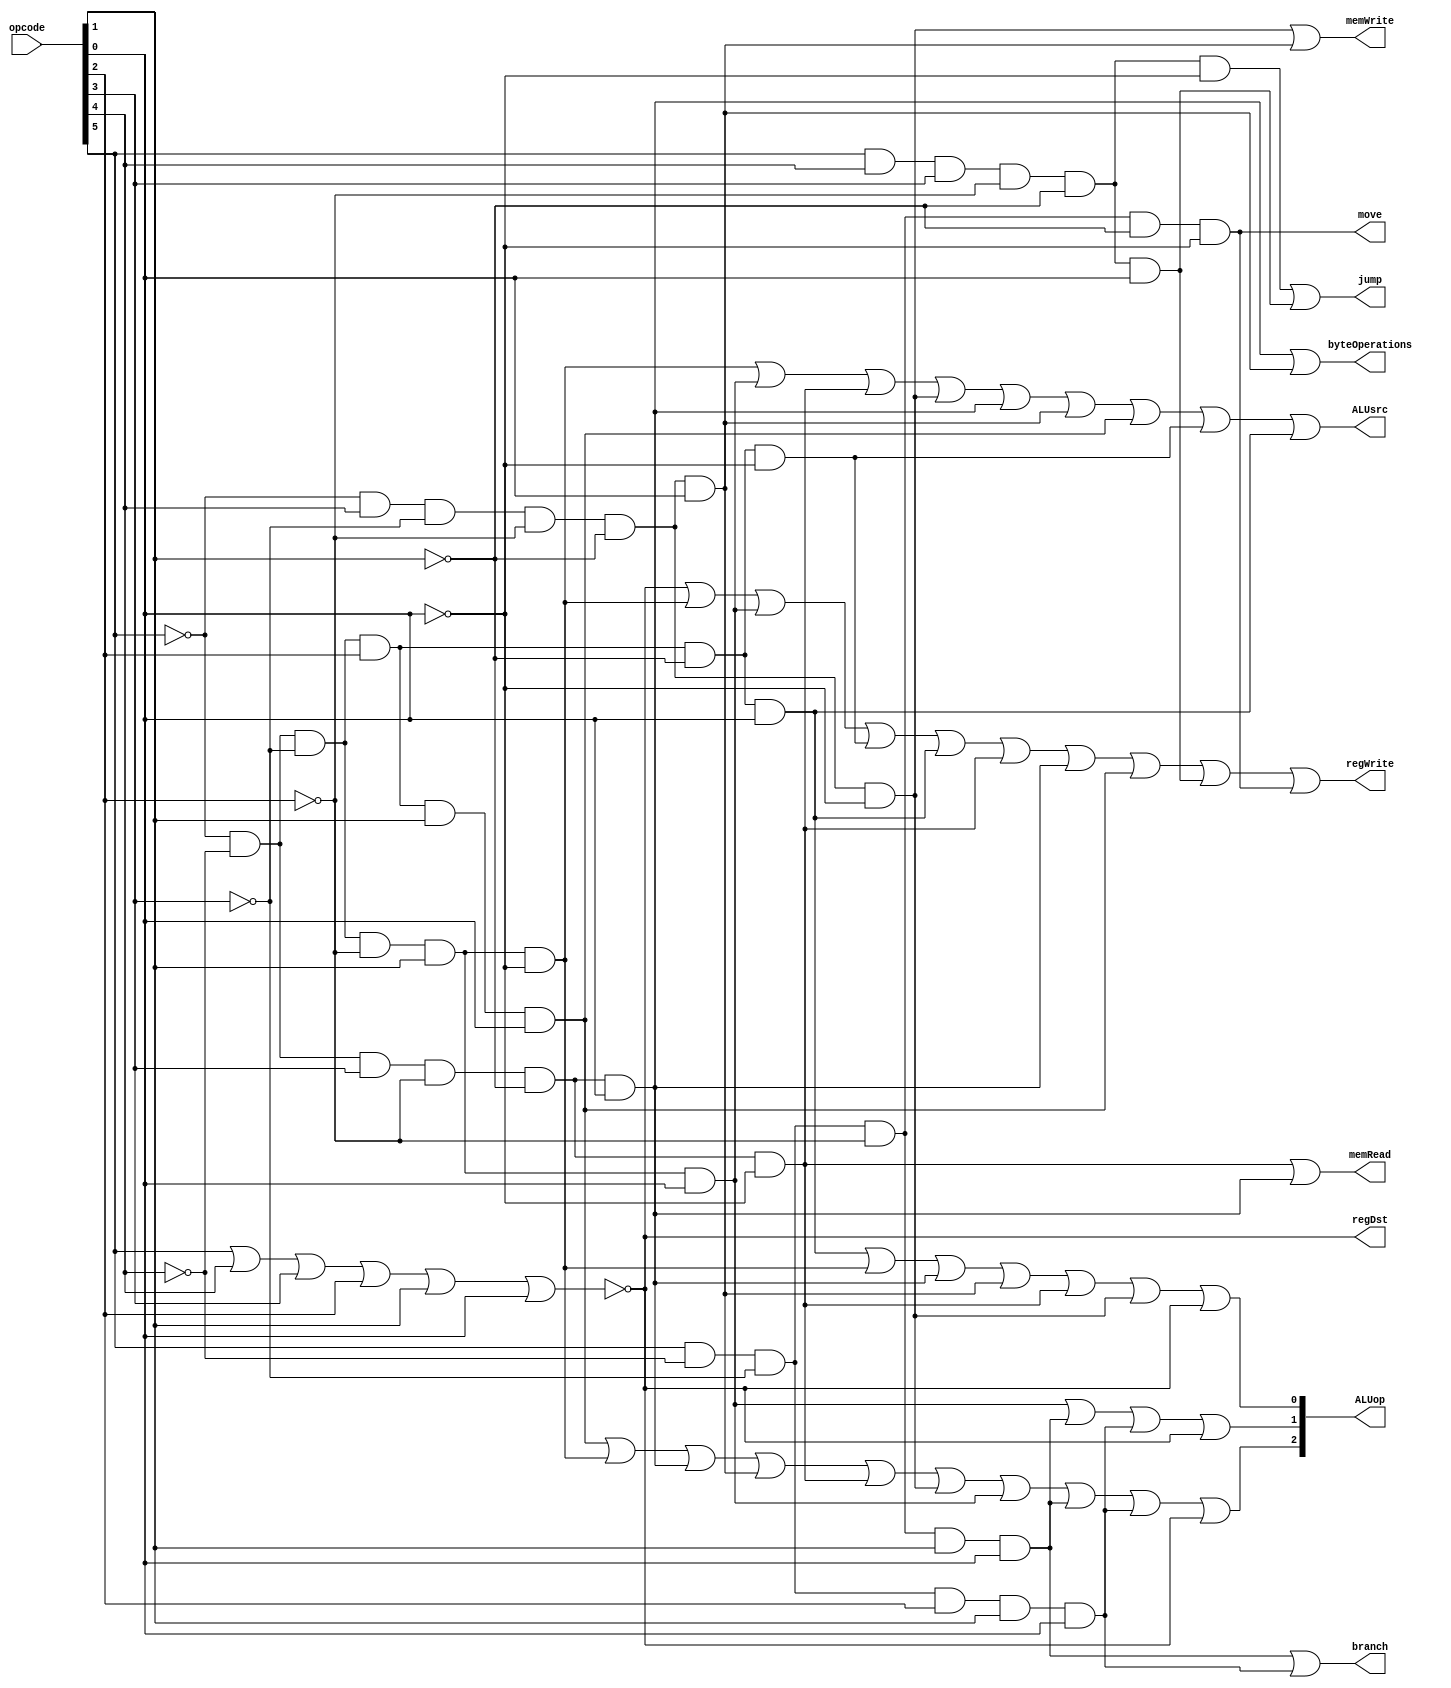
module control_unit (
output regDst,
output branch,
output memRead, //(This can also be used as memToReg)
output memWrite,
output [2:0] ALUop, //(This was assigned as [1:0] before, by mistake. It should be [2:0])
output ALUsrc,
output regWrite,
output jump,
output byteOperations, //(This is an optional signal for lb and sb operations)
output move, //(This is an optional signal for MOVE operation)
input [5:0] opcode
);


wire is_r_type, is_addi, is_subi, is_andi, is_ori, is_lw, is_sw, is_lb, is_sb, is_slti, is_beq, is_bne, is_jump, is_jal, is_move;


wire not_opcode[5:0];

not not0(not_opcode[0], opcode[0]);
not not1(not_opcode[1], opcode[1]);
not not2(not_opcode[2], opcode[2]);
not not3(not_opcode[3], opcode[3]);
not not4(not_opcode[4], opcode[4]);
not not5(not_opcode[5], opcode[5]);





nor nor1(is_r_type, opcode[5], opcode[4], opcode[3], opcode[2], opcode[1], opcode[0]);

and and0(is_addi, not_opcode[5], not_opcode[4], not_opcode[3], not_opcode[2], opcode[1], not_opcode[0]);

and and2(is_subi, not_opcode[5], not_opcode[4], not_opcode[3], not_opcode[2], opcode[1], opcode[0]);

and and3(is_andi, not_opcode[5], not_opcode[4], not_opcode[3], opcode[2], not_opcode[1], not_opcode[0]);

and and4(is_ori, not_opcode[5], not_opcode[4], not_opcode[3], opcode[2], not_opcode[1], opcode[0]);

and and5(is_lw, not_opcode[5], not_opcode[4], opcode[3], not_opcode[2], not_opcode[1], not_opcode[0]);

and and6(is_sw, not_opcode[5], opcode[4], not_opcode[3], not_opcode[2], not_opcode[1], not_opcode[0]);

and and7(is_lb, not_opcode[5], not_opcode[4], opcode[3], not_opcode[2], not_opcode[1], opcode[0]);

and and8(is_sb, not_opcode[5], opcode[4], not_opcode[3], not_opcode[2], not_opcode[1], opcode[0]);

and and9(is_slti, not_opcode[5], not_opcode[4], not_opcode[3], opcode[2], opcode[1], opcode[0]);

and and10(is_beq, opcode[5], not_opcode[4], not_opcode[3], not_opcode[2], opcode[1], opcode[0]);

and and11(is_bne, opcode[5], not_opcode[4], not_opcode[3], opcode[2], opcode[1], opcode[0]);

and and12(is_jump, opcode[5], opcode[4], opcode[3], not_opcode[2], not_opcode[1], not_opcode[0]);

and and13(is_jal, opcode[5], opcode[4], opcode[3], not_opcode[2], not_opcode[1], opcode[0]);

and and14(is_move, opcode[5], not_opcode[4], not_opcode[3], not_opcode[2], not_opcode[1], not_opcode[0]);





or or0(regDst, is_r_type);

or or1(ALUsrc,  is_addi, is_subi, is_lw, is_sw, is_lb, is_sb, is_slti, is_andi, is_ori);

or or2(regWrite, is_r_type, is_addi, is_subi, is_andi, is_ori, is_lw,  is_lb,  is_slti, is_jal, is_move);

or or3(memRead,  is_lw,  is_lb);

or or4(memWrite, is_sw,  is_sb);

or or5(branch, is_beq, is_bne );

or or6(jump, is_jump, is_jal);

or or7(move, is_move);

or or8(byteOperations,is_lb, is_sb);


// For Aluop

or or9(ALUop[0], is_ori, is_addi, is_lb, is_sb, is_lw, is_sw, is_r_type);

or or10(ALUop[1], is_subi, is_beq, is_bne, is_r_type);

or or11(ALUop[2], is_slti, is_addi, is_lb, is_sb, is_lw, is_sw, is_subi, is_beq, is_bne, is_r_type);



endmodule